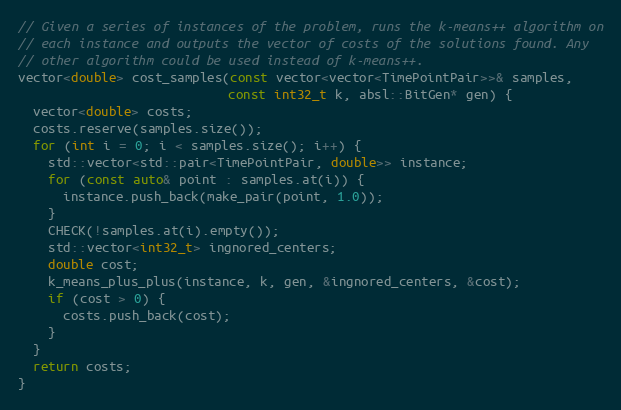
Language: C++
// Given a series of instances of the problem, runs the k-means++ algorithm on
// each instance and outputs the vector of costs of the solutions found. Any
// other algorithm could be used instead of k-means++.
vector<double> cost_samples(const vector<vector<TimePointPair>>& samples,
                            const int32_t k, absl::BitGen* gen) {
  vector<double> costs;
  costs.reserve(samples.size());
  for (int i = 0; i < samples.size(); i++) {
    std::vector<std::pair<TimePointPair, double>> instance;
    for (const auto& point : samples.at(i)) {
      instance.push_back(make_pair(point, 1.0));
    }
    CHECK(!samples.at(i).empty());
    std::vector<int32_t> ingnored_centers;
    double cost;
    k_means_plus_plus(instance, k, gen, &ingnored_centers, &cost);
    if (cost > 0) {
      costs.push_back(cost);
    }
  }
  return costs;
}